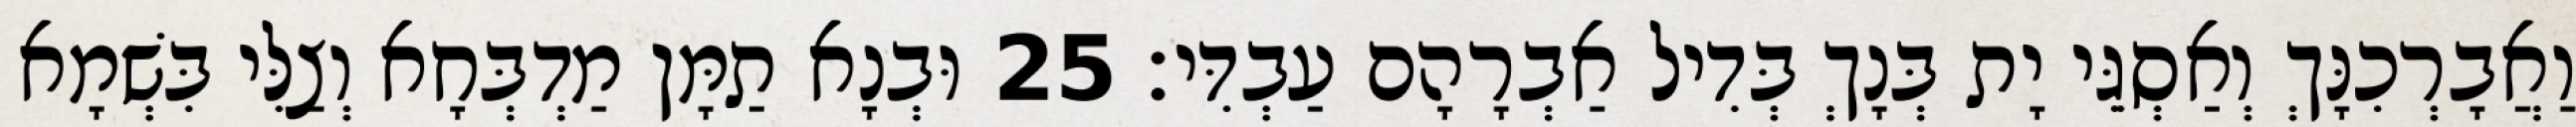
וַאֲבָרְכִנָּךְ וְאַסְגֵּי יָת בְּנָךְ בְּדִיל אַבְרָהָם עַבְדִּי׃ 25 וּבְנָא תַמָּן מַדְבְּחָא וְצַלִּי בִּשְׁמָא